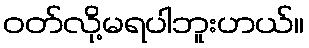
ဝတ်လို့မရပါဘူးဟယ်။